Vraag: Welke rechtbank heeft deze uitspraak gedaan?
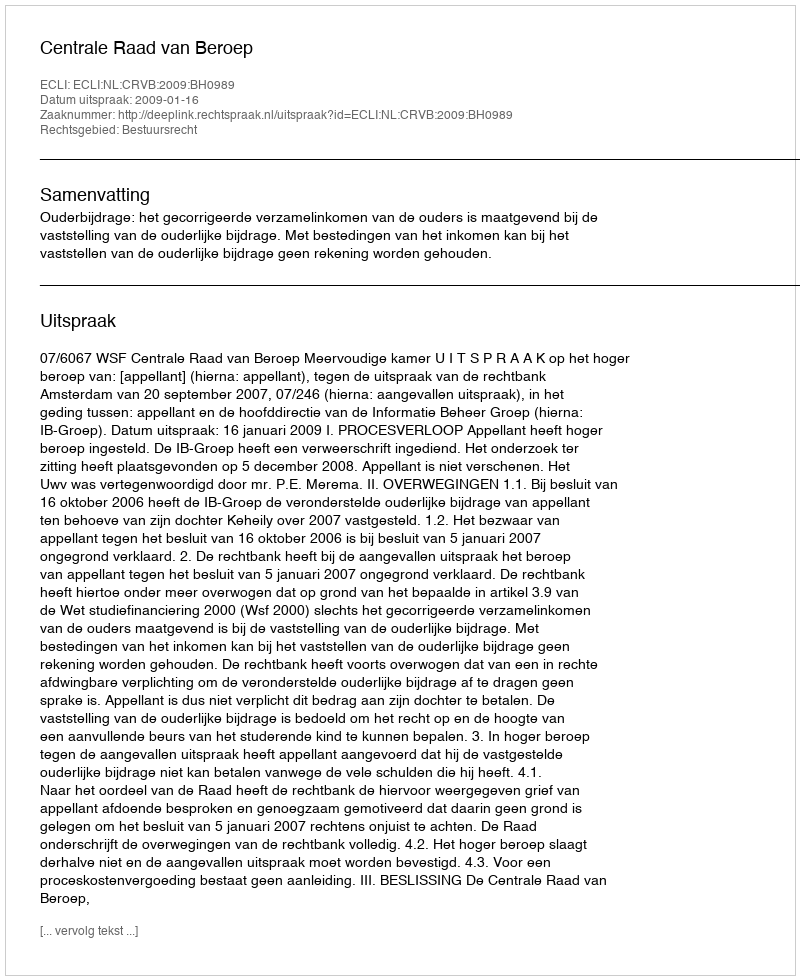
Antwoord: Centrale Raad van Beroep